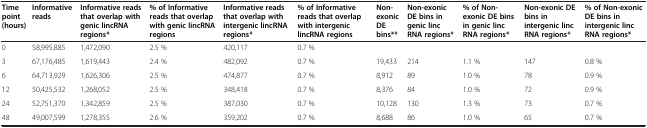
| Time point (hours) | Informative reads | Informative reads that overlap withgeniclincRNA regions* | % of Informative reads that overlap withgeniclincRNA regions | Informative reads that overlap withintergeniclincRNA regions* | % of Informative reads that overlap withintergeniclincRNA regions | Non-exonic DE bins** | Non-exonic DE bins ingeniclinc RNA regions* | % of Non-exonic DE bins ingeniclinc RNA regions* | Non-exonic DE bins inintergeniclinc RNA regions* | % of Non-exonic DE bins inintergeniclinc RNA regions* |
 | --- | --- | --- | --- | --- | --- | --- | --- | --- | --- | --- |
 | 0 | 58,995,885 | 1,472,090 | 2.5 % | 420,117 | 0.7 % |  |  |  |  |  |
 | 3 | 67,176,485 | 1,619,443 | 2.4 % | 482,092 | 0.7 % | 19,433 | 214 | 1.1 % | 147 | 0.8 % |
 | 6 | 64,713,929 | 1,626,306 | 2.5 % | 474,877 | 0.7 % | 8,912 | 89 | 1.0 % | 78 | 0.9 % |
 | 12 | 50,425,532 | 1,268,052 | 2.5 % | 348,418 | 0.7 % | 8,376 | 84 | 1.0 % | 72 | 0.9 % |
 | 24 | 52,751,370 | 1,342,859 | 2.5 % | 387,030 | 0.7 % | 10,128 | 130 | 1.3 % | 73 | 0.7 % |
 | 48 | 49,007,599 | 1,278,355 | 2.6 % | 359,202 | 0.7 % | 8,688 | 86 | 1.0 % | 65 | 0.7 % |